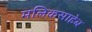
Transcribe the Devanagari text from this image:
मलिकसाहेब